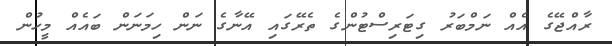
ރާއްޖޭގެ އެއް ނަމްބަރު ގިޓަރިސްޓުންގެ ތެރޭގައި އޭނާގެ ނަން ހިމަނަން ބައެއް މީހުން